Report on vaccination in Madras 1895-1903 - 1895-1903
Year: 1895
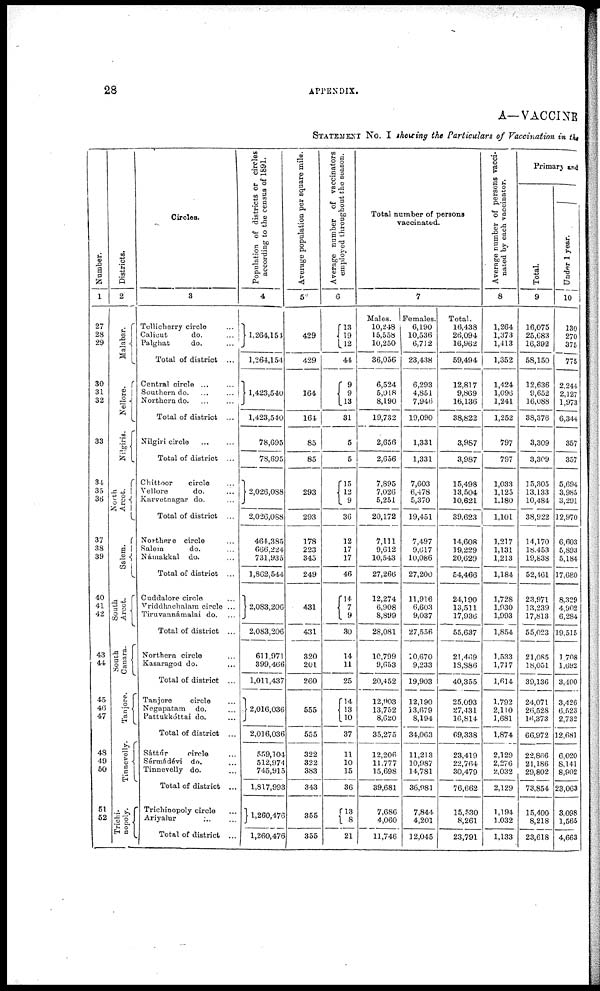
28
APPENDIX.
A—VACCINE
STATEMENT No. I showing the Particulars of Vaccination in the
Number.
1
27
28
29
30
31
32
33
34
35
36
37
38
39
40
41
42
43
44
45
46
47
48
49
50
51
52
Districts.
2
Malabar.
Nellore.
Nilgiris.
North
Arcot.
Salem.
South
Arcot.
South
Canara.
Tanjore.
Tinnevelly.
Trichi¬
nopoly.
Circles.
3
Tellicherry circle ...
Calicut
do.
...
Palghat
do. ...
Total of district ...
Central circle
...
...
Southern do. ...
...
Northern do. ... ...
Total of district ...
Nilgiri circle
...
...
Total of district ...
Chittoor
circle ...
Yellore
do. ...
Karvetnagar do. ...
Total of district ...
Northere circle ...
Salem
do. ...
Námakkal do. ...
Total of district ...
Cuddalore circle ...
Vriddhachalam circle ...
Tiruvannámalai do. ...
Total of district ...
Northern circle ...
Kasaragod do. ...
Total of district ...
Tanjore
circle ...
Negapatam do. ...
Pattukkóttai do. ...
Total of district ...
Sáttúr
circle ...
Sérmádévi do. ...
Tinnevelly do. ...
Total of district ...
Trichinopoly circle ...
Ariyalur ... ...
Total of district ...
Population of districts or circles
according to the census of 1891.
4
1,264,154
1,264,154
1,423,540
1,423,540
78,695
78,695
2,026,088
2,026,088
464,385
666,224
731,935
1,862,544
2,083,206
2,083,206
611,971
399,466
1,011,437
2,016,036
2,016,036
559,104
512,974
745,915
1,817,993
1,260,476
1,260,476
Average population per square mile.
5
429
429
164
164
85
85
293
293
178
223
345
249
431
431
320
201
260
555
555
322
322
383
343
355
355
Average number of vaccinators
employed throughout the season.
6
13
19
12
44
9
9
13
31
5
5
15
12
9
36
12
17
17
46
14
7
9
30
14
11
25
14
13
10
37
11
10
15
36
13
8
21
Total number of persons
vaccinated.
7
Males.
10,248
15,558
10,250
36,056
6,524
5,018
8,190
19,732
2,656
2,656
7,895
7,026
5,251
20,172
7,111
9,612
10,543
27,266
12,274
6,908
8,899
28,081
10,799
9,653
20,452
12,903
13,752
8,620
35,275
12,206
11,777
15,698
39,681
7,686
4,060
11,746
Females.
6,190
10,536
6,712
23,438
6,293
4,851
7,946
19,090
1,331
1,331
7,603
6,478
5,370
19,451
7,497
9,617
10,086
27,200
11,916
6,603
9,037
27,556
10,670
9,233
19,903
12,190
33,679
8,194
34,063
11,213
10,987
14,781
36,981
7,844
4,201
12,045
Total.
16,438
26,094
16,962
59,494
12,817
9,869
16,136
38,822
3,987
3,987
15,498
13,504
10,621
39,623
14,608
19,229
20,629
54,466
24,190
13,511
17,936
55,637
21,469
18,886
40,355
25,093
27,431
16,814
69,338
23,419
22,764
30,479
76,662
15,530
8,261
23,791
Average number of persons vacci-
nated by each vaccinator.
8
1,264
1,373
1,413
1,352
1,424
1,096
1,241
1,252
797
797
1,033
1,125
1,180
1,101
1,217
1,131
1,213
1,184
1,728
1,930
1,993
1,854
1,533
1,717
1,614
1,792
2,110
1,681
1,874
2,129
2,276
2,032
2,129
1,194
1,032
1,133
Primary and
Total.
9
16,075
25,683
16,392
58,150
12,636
9,652
16,088
38,376
3,309
3,309
15,305
13,133
10,484
38,922
14,170
18,453
19,838
52,461
23,971
13,239
17,813
55,023
21,085
18,051
39,136
24,071
26,528
16,373
66,972
22,866
21,186
29,802
73,854
15,400
8,218
23,618
Under 1 year.
10
130
270
375
775
2,244
2,127
1,973
6,344
357
357
5,694
3,985
3,291
12,970
6,603
5,893
5,184
17,680
8,329
4,902
6,284
19,515
1,708
1,692
3,400
3,426
6,523
2,732
12,681
6,020
8,141
8,902
23,063
3,098
1,565
4,663